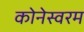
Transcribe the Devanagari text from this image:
कोनेस्वरम